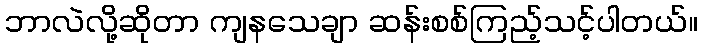
ဘာလဲလို့ဆိုတာ ကျနသေချာ ဆန်းစစ်ကြည့်သင့်ပါတယ်။